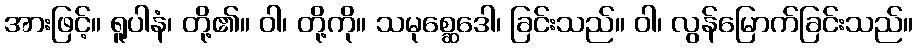
အားဖြင့်။ ရူပါနံ၊ တို့၏။ ဝါ၊ တို့ကို။ သမုစ္ဆေဒေါ၊ ခြင်းသည်။ ဝါ၊ လွန်မြောက်ခြင်းသည်။